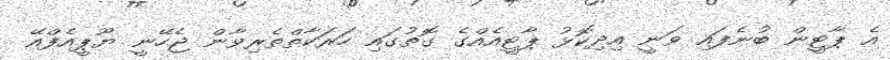
އެ ޕާޓީން ބުނެފައި ވަނީ އިދިކޮޅު ޕާޓީއެއްގެ ގޮތުގައި ހަރަކާތްތެރިވާން ޖެހޭނީ ޔޫޕީއެފްއޭ